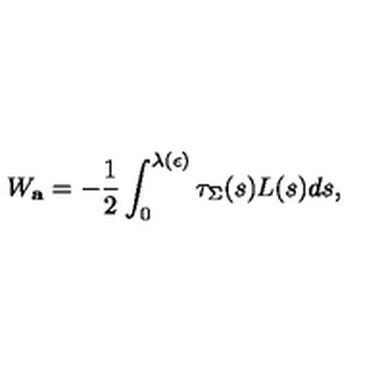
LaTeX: W _ { \bf a } = - { \frac { 1 } { 2 } } \int _ { 0 } ^ { \lambda ( \epsilon ) } \tau _ { \Sigma } ( s ) L ( s ) d s ,